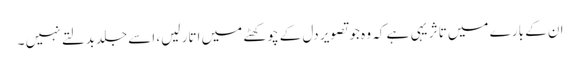
ان کے بارے میں تاثر یہی ہے کہ وہ جو تصویر دل کے چوکھٹے میں اتار لیں، اسے جلدبدلتے نہیں ۔